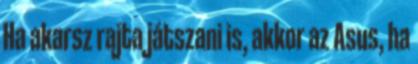
Ha akarsz rajta játszani is, akkor az Asus, ha